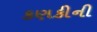
કણકીની